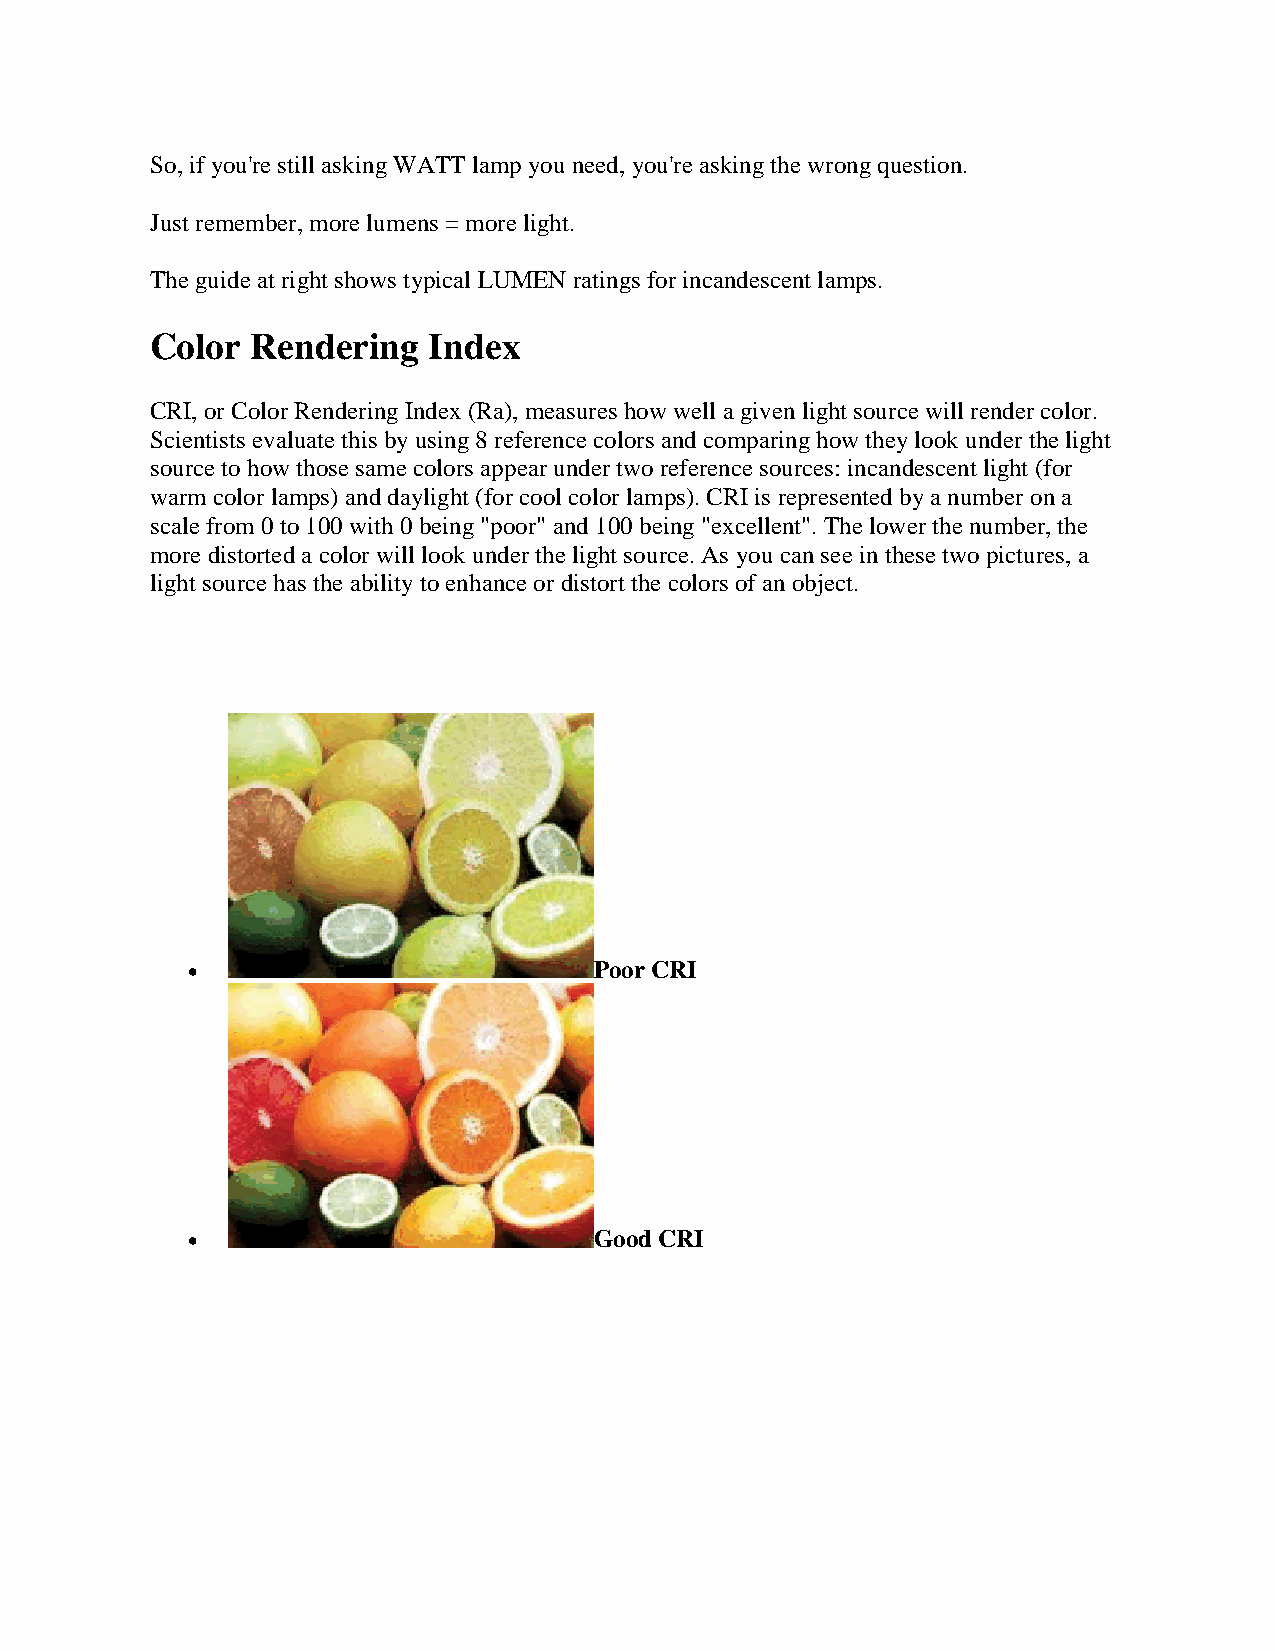
So, if you're still asking WATT lamp you need, you're asking the wrong question.
 Just remember, more lumens = more light.
 The guide at right shows typical LUMEN ratings for incandescent lamps.
 Color  Rendering  Index
 CRI, or Color Rendering Index (Ra), measures how well a given light source will render color.
 Scientists evaluate this by using 8 reference colors and comparing how they look under the light
 source to how those same colors appear under two reference sources: incandescent light (for
 warm color lamps) and daylight (for cool color lamps). CRI is represented by a number on a
 scale from 0 to 100 with 0 being "poor" and 100 being "excellent". The lower the number, the
 more distorted a color will look under the light source. As you can see in these two pictures, a
 light source has the ability to enhance or distort the colors of an object.
                           Poor CRI
                           Good CRI